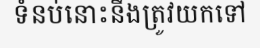
ទំនប់នោះនឹងត្រូវយកទៅ